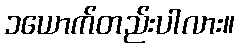
၁ယောက်တည်းပါလား။